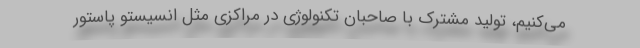
می‌کنیم، تولید مشترک با صاحبان تکنولوژی در مراکزی مثل انسیستو پاستور